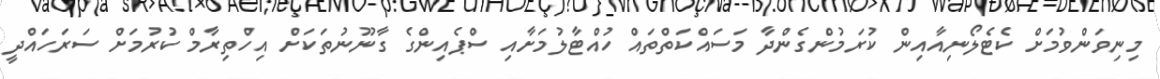
މިނިވަންވުމަށް ކެޓެލޯނިއާއިން ކުރަމުންގެންދާ މަސައްކަތްތައް ހުއްޓާލުމަށާއި ސްޕެއިންގެ ގާނޫނުތަކަށް އިހްތިރާމް ކުރުމަށް ސަރަހައްދީ